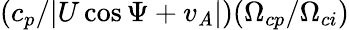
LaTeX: (c_{p}/|U\cos\Psi+v_{\mathit{A}}|)(\Omega_{cp}/\Omega_{ci})